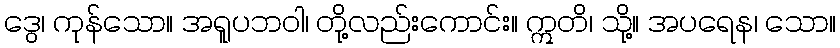
ဒွေ၊ ကုန်သော။ အရူပဘဝါ၊ တို့လည်းကောင်း။ ဣတိ၊ သို့။ အပရေန၊ သော။